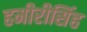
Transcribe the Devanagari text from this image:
हमीरीसिंह